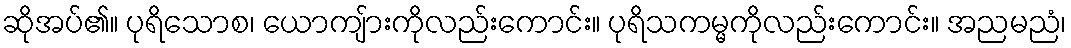
ဆိုအပ်၏။ ပုရိသောစ၊ ယောကျ်ားကိုလည်းကောင်း။ ပုရိသကမ္မကိုလည်းကောင်း။ အညမညံ၊